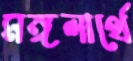
মঙ্গলার্থে